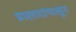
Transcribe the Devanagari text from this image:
प्रासादांपासून